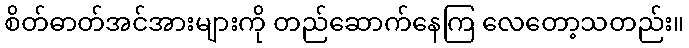
စိတ်ဓာတ်အင်အားများကို တည်ဆောက်နေကြ လေတော့သတည်း။